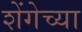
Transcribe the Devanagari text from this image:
शेंगेच्या